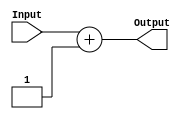
module Increment5bit(Input,Output);

input [4:0] Input ;
output reg [4:0] Output;

always @ (Input)
	Output = Input + 5'd1 ;

endmodule